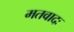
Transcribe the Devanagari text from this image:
मतवादः